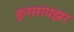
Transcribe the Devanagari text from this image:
इनसायझर